Medical and sanitary report of the native army of Bengal for the year
Year: 1878
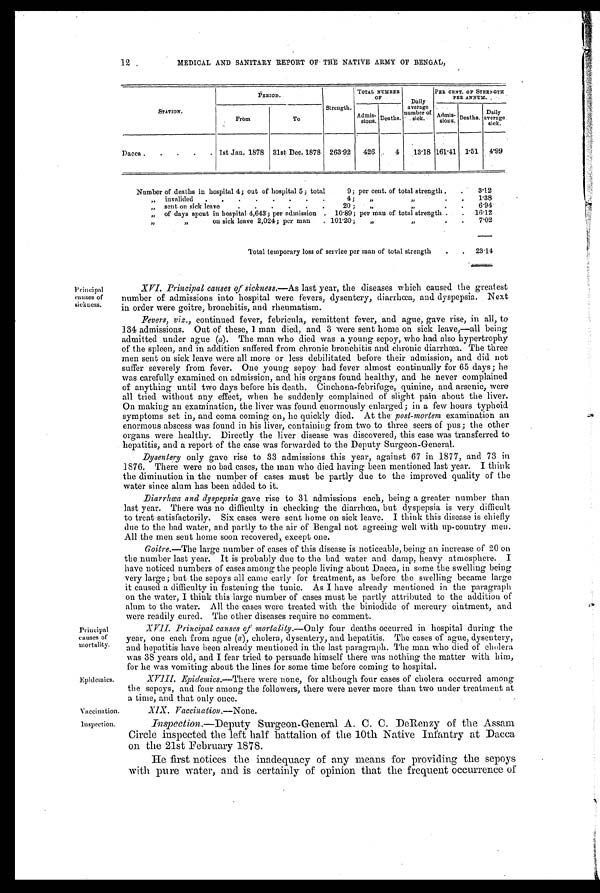
12 MEDICAL AND SANITARY REPORT OF THE NATIVE ARMY OF BENGAL,
S T A T I O N .
PERIOD.
Strength.
TOTAL NUMBER
OF
Daily
average
number of
sick.
PER CENT. OF STRENGTH
PER ANNUM.
From
To
Admis- s i o n s . Deaths
.
Adm
i s- sions. Deaths.
Daily
average sick.
Dacca . . . . . 1st Jan. 1878 31st Dec. 1878 263.92 426
4 13.18 161.41 1.51 4.99
Number of deaths in hospital 4; out of hospital 5; total
9; per cent. of total strength . . 3.12
„ invalided . . . . . . . .
4; „
„
. . 1 . 3 8
„ sent on sick leave
. .
. . . .
20 ;
„ „
. 6.94
„ of days spent in hospital 4,643; per admission . 10.89; per man of' total strength . . 16- . 12
„ ,, on sick leave 2,024; per man . 101.20; „
„
. . 7.02
Total temporary loss of service per man of total strength
. . 23.14
Principal
causes of
sickness.
Principal
causes of
mortality.
Epidemics.
XVI Principal causes of sickness. —As last year, the diseases which caused the greatest
number of admissions into hospital were fevers, dysentery, diarrhœa, and dyspepsia. Next
in order were goitre, bronchitis, and rheumatism.
Fevers, viz., continued fever, febricula, remittent fever, and ague, gave rise, in all, to
134 admissions. Out of these, 1 man died, and 3 were sent home on sick leave,—all being
admitted under ague (a) . The man who died was a young sepoy, who had also hypertrophy
of the spleen, and in addition suffered from chronic bronchitis and chronic diarrhœa. The three
men sent on sick leave were all more or less debilitated before their admission, and did not
suffer severely from fever. One young sepoy had fever almost continually for 65 days; he
was carefully examined on admission, and his organs found healthy, and he never complained
of anything until two days before his death. Cinchona-febrifuge, quinine, and arsenic, were
all tried without any effect, when he suddenly complained of slight pain about the liver.
On making an examination, the liver was found enormously enlarged; in a few hours typhoid.
symptoms set in, and coma coming on, he quickly died. At the post-mortem examination an
enormous abscess was found in his liver, containing from two to three seers of pus; the other
organs were healthy. Directly the liver disease was discovered, this case was transferred to
hepatitis, and a report of the case was forwarded to the Deputy Surgeon-General.
Dysentery only gave rise to 33 admissions this year, against 67 in 1877, and 73 in
1876. There were no bad cases, the man who died having been mentioned last year. I think
the diminution in the number of cases must be partly due to the improved quality of the
water since alum has been added to it.
Diarrhœa and dyspepsia gave rise to 31 admissions each, being a greater number than
last year. There was no difficulty in checking the diarrhœa, but dyspepsia is very difficult
to treat satisfactorily. Six cases were sent home on sick leave. I think this disease is chiefly
due to the bad water, and partly to the air of Bengal not agreeing well with up-country men.
All the men sent home soon recovered, except one.
Goitre.—The large number of cases of this disease is noticeable, being an increase of 20 on
the number last year. It is probably due to the bad water and damp, heavy atmosphere. I
have noticed numbers of cases among the people living about Dacca, in some the swelling being
very large; but the sepoys all came early for treatment, as before the swelling became large
it caused a difficulty in fastening the tunic. As I have already mentioned in the paragraph
on the water, I think this large number of cases must be partly attributed to the addition of
alum to the water. All the cases were treated with the biniodide of mercury ointment, and
were readily cured. The other diseases require no comment.
XVII. Principal causes of mortality. —Only four deaths occurred in hospital during the
year, one each from ague ( a), cholera, dysentery, and hepatitis. The cases of ague, dysentery,
and hepatitis have been already mentioned in the last paragraph. The man who died of cholera
was 38 years old, and I fear tried to persuade himself there was nothing the matter with him,
for he was vomiting about the lines for some time before coming to hospital.
Epidemics.—There were none, for although four cases of cholera occurred among
the sepoys, and four among the followers, there were never more than two under treatment at
a time, and that only once.
Vaccination.
XIX. Vaccination.—None.
Inspection.
Inspection. —Deputy Surgeon-General A. C. C. DeRenzy of the Assam
Circle inspected the left half battalion of the 10th Native Infantry at Dacca
on the 21st February 1878.
He first notices the inadequacy of any means for providing the sepoys
with pure water, and is certainly of opinion that the frequent occurrence of